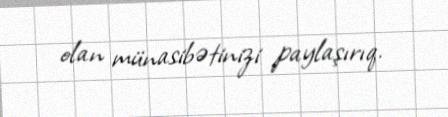
olan münasibətinizi paylaşırıq.